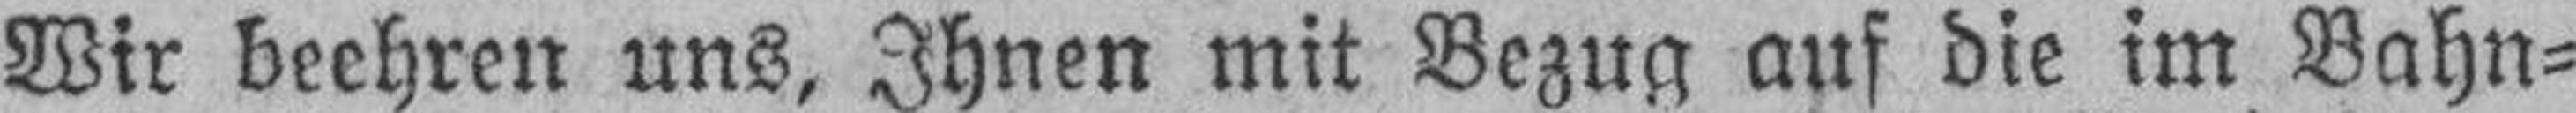
Wir beehren uns, Ihnen mit Bezug auf die im Bahn¬